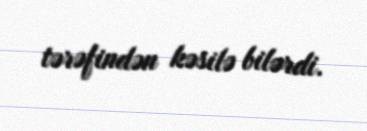
tərəfindən kəsilə bilərdi.